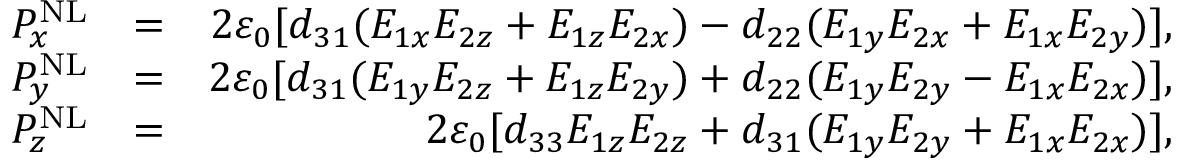
\begin{array} { r l r } { P _ { x } ^ { \mathrm { N L } } } & { = } & { 2 \varepsilon _ { 0 } [ d _ { 3 1 } ( E _ { 1 x } E _ { 2 z } + E _ { 1 z } E _ { 2 x } ) - d _ { 2 2 } ( E _ { 1 y } E _ { 2 x } + E _ { 1 x } E _ { 2 y } ) ] , } \\ { P _ { y } ^ { \mathrm { N L } } } & { = } & { 2 \varepsilon _ { 0 } [ d _ { 3 1 } ( E _ { 1 y } E _ { 2 z } + E _ { 1 z } E _ { 2 y } ) + d _ { 2 2 } ( E _ { 1 y } E _ { 2 y } - E _ { 1 x } E _ { 2 x } ) ] , } \\ { P _ { z } ^ { \mathrm { N L } } } & { = } & { 2 \varepsilon _ { 0 } [ d _ { 3 3 } E _ { 1 z } E _ { 2 z } + d _ { 3 1 } ( E _ { 1 y } E _ { 2 y } + E _ { 1 x } E _ { 2 x } ) ] , } \end{array}